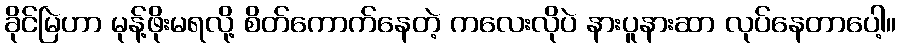
ခိုင်မြဲဟာ မုန့်ဖိုးမရလို့ စိတ်ကောက်နေတဲ့ ကလေးလိုပဲ နားပူနားဆာ လုပ်နေတာပေါ့။